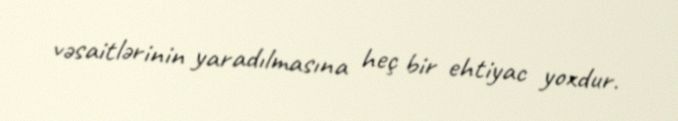
vəsaitlərinin yaradılmasına heç bir ehtiyac yoxdur.